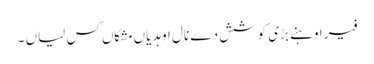
فیر اوہنے بڑی کوشش دے نال اوہدیاں مشکاں کس لیاں ۔